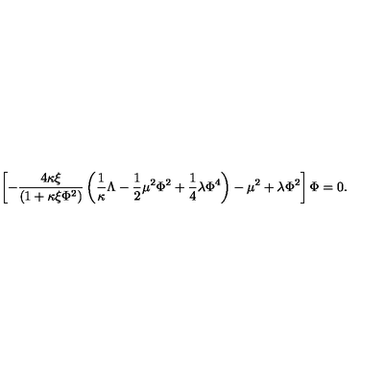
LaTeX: \left[ - \frac { 4 \kappa \xi } { \left( 1 + \kappa \xi \Phi ^ { 2 } \right) } \left( \frac { 1 } { \kappa } \Lambda - \frac { 1 } { 2 } \mu ^ { 2 } \Phi ^ { 2 } + \frac { 1 } { 4 } \lambda \Phi ^ { 4 } \right) - \mu ^ { 2 } + \lambda \Phi ^ { 2 } \right] \Phi = 0 .